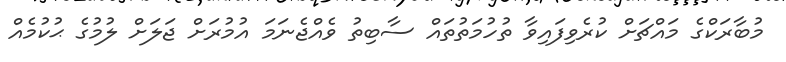
މުބާރަކްގެ މައްޗަށް ކުރެވިފައިވާ ތުހުމަތުތައް ސާބިތު ވެއްޖެނަމަ އުމުރަށް ޖަލަށް ލުމުގެ ޙުކުމެއް